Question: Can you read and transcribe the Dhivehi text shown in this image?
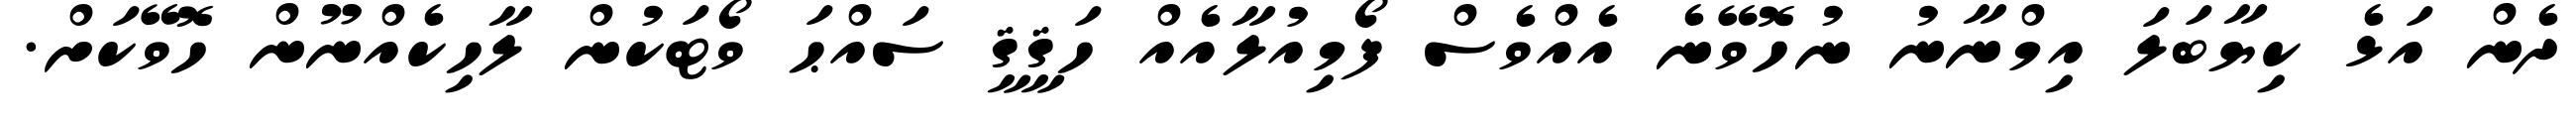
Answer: ދެން އަޅެ ކިޔާބަލަ އިމްނާނު ނުހޮވޭނެ އެއްވެސް ފޯމިއުލާއެއް ހަޤީޤީ ސައްޙަ ވޯޓަކުން ލާހިކެއްނޫން ހޮވޭކަށް.